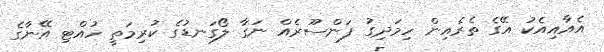
އެއާއިއެކު އޭގެ ތެރެއިން ހިމަދިގު ފަންސޫރެއް ނަގާ ލޯގަނޑުގެ ކުރިމަތީ ހުއްޓި އޭނާގެ